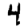
Digit: 4